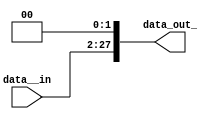
`timescale 1ns/1ns
module shl2_26bit (data__in, data_out_);
    input [25:0] data__in;
    output [27:0] data_out_;
    assign data_out_ = data__in<<2;
endmodule